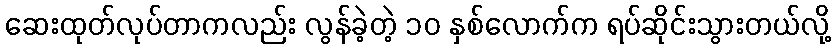
ဆေးထုတ်လုပ်တာကလည်း လွန်ခဲ့တဲ့ ၁၀ နှစ်လောက်က ရပ်ဆိုင်းသွားတယ်လို့